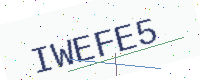
Text: IWEFE5